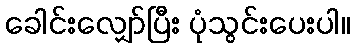
ခေါင်းလျှော်ပြီး ပုံသွင်းပေးပါ။